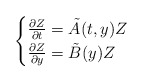
\begin{align*} \begin{cases}\frac{\partial Z}{\partial t} = \tilde{A} (t,y) Z \\ \frac{\partial Z}{\partial y} = \tilde{B} (y) Z \end{cases} \end{align*}